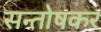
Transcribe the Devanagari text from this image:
सन्तोषकर